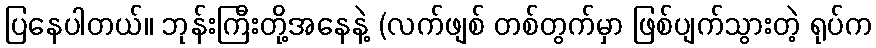
ပြနေပါတယ်။ ဘုန်းကြီးတို့အနေနဲ့ (လက်ဖျစ် တစ်တွက်မှာ ဖြစ်ပျက်သွားတဲ့ ရုပ်က